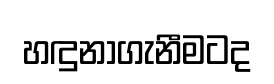
හඳුනාගැනීමටද